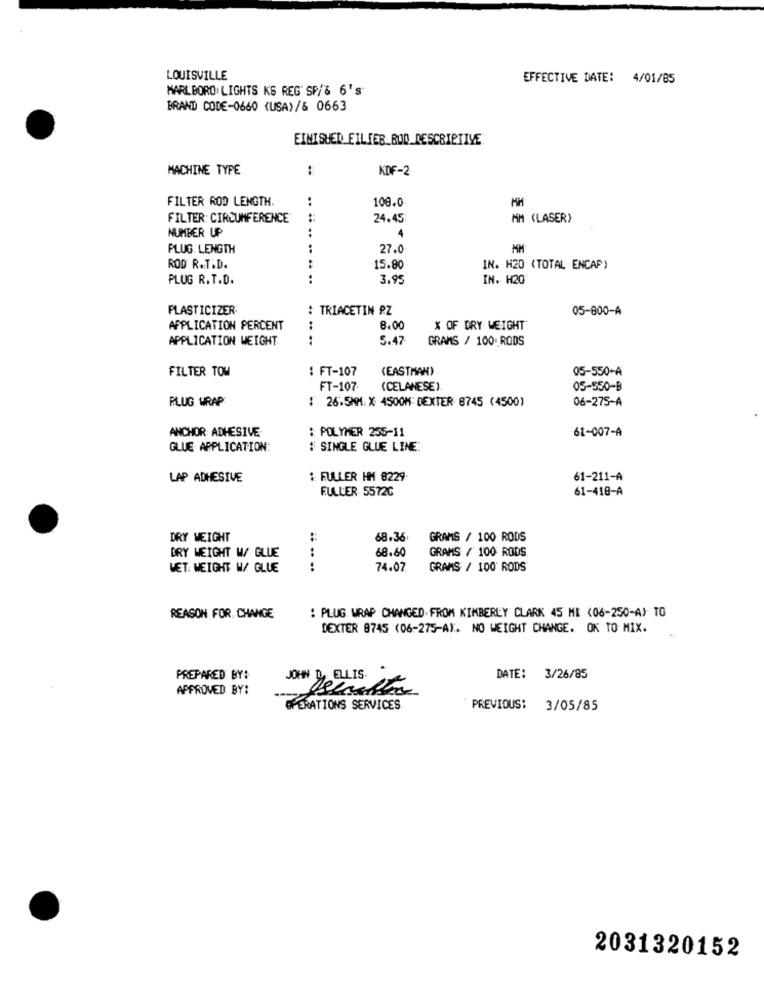
LOUISVILLE
EFFECTIVE DATE: 4/01/85
MARLBORO LIGHTS KS REG' SP/% 6'S
BRAND CODE-0660 (USA)/& 0663
EINISHED FILTER_BUD_DESCRIPTIVE
MACHINE TYPE
..
KDF-2
FILTER ROD LENGTH.
108.0
FILTER: CIRCUMFERENCE
24.45
MM (LASER)
NUMBER UP
:
4
PLUG. LENGTH
27.0
ROD R.T.D.
15.80
IN. H20 (TOTAL ENCAP)
PLUG R. T.D.
3.95
IN. H20
PLASTICIZER:
: TRIACETIN PZ
05-800-A
APPLICATION PERCENT
8.00
X OF DRY WEIGHT
APPLICATION WEIGHT
..
5.47
GRAMS / 100. RODS
FILTER TOM
: FT-107
(EASTMAN)
05-550+A
FT-107
(CELANESE)
05-550-B
PLUG WRAP
: 26.5MM. X 4500M DEXTER 8745 (4500)
06-275-A
ANCHOR ADHESIVE
: POLYMER 255-11
61-007-A
GLUE APPLICATION:
: SINGLE GLUE LINE:
LAP ADHESIVE
: FULLER HM 8229
61-211-A
FULLER 5572C
61-418-A
DRY WEIGHT
68.36
GRAMS / 100 RODS
BRY WEIGHT W/ GLUE
68.60
GRAMS / 100 RODS
WET. WEIGHT W/ GLUE
.. .. ..
74.07
GRAMS / 100 RODS
REASON FOR. CHANGE
: PLUG. WRAP CHANGED. FROM KIMBERLY CLARK 45 ME (06-250-A) TO
DEXTER 8745 (06-275-A). NO WEIGHT CHANGE. OK TO MIX.
PREPARED BY:
JOHN D ELLIS. .
DATE:
3/26/85
APPROVED BY:
OPERATIONS SERVICES
PREVIOUS:
3/05/85
2031320152